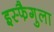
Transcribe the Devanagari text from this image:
इस्फैगुला